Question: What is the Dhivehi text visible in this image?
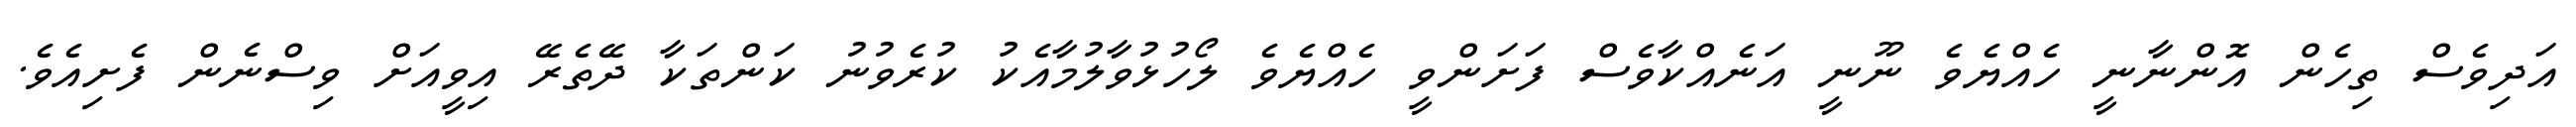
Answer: އަދިވެސް ތިހެން އޮންނާނީ ހެއްޔެވެ ނޫނީ އަނެއްކާވެސް ފަށަންވީ ހެއްޔެވެ ލޯހުޅުވާލުމާއެކު ކުރެވުނު ކަންތަކާ ދޭތެރޭ އިވީއަށް ވިސްނެން ފެށިއެވެ.